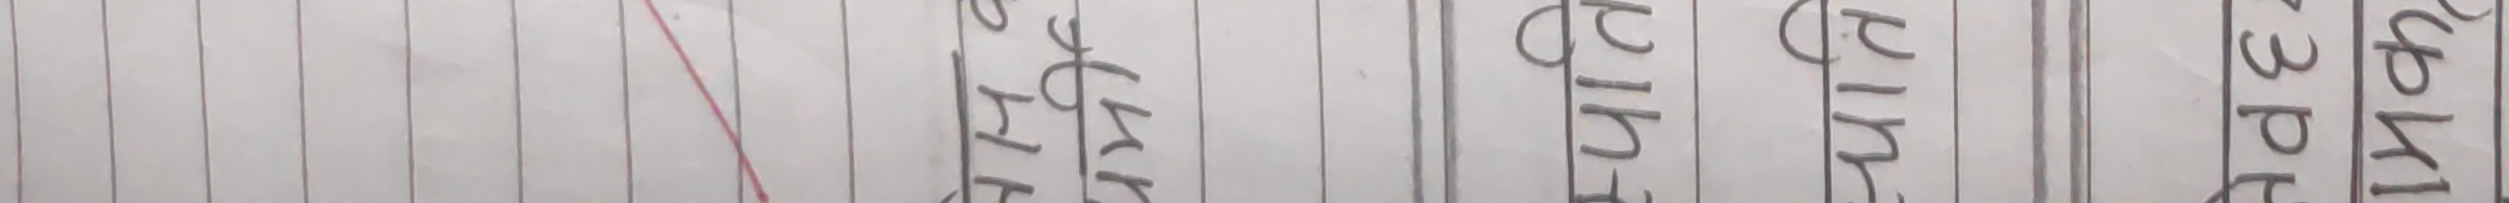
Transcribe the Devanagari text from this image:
सत्यम् पुलकरि गुलपि मनष द